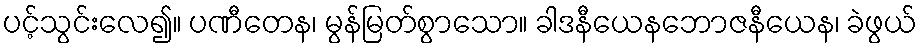
ပင့်သွင်းလေ၍။ ပဏီတေန၊ မွန်မြတ်စွာသော။ ခါဒနီယေနဘောဇနီယေန၊ ခဲဖွယ်